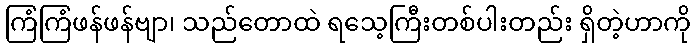
ကြံကြံဖန်ဖန်ဗျာ၊ သည်တောထဲ ရသေ့ကြီးတစ်ပါးတည်း ရှိတဲ့ဟာကို